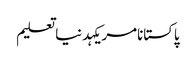
پاکستانامریکہدنیاتعلیم